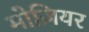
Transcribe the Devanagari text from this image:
मोज़ियर